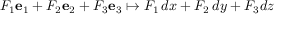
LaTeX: F _ { 1 } \mathbf { e } _ { 1 } + F _ { 2 } \mathbf { e } _ { 2 } + F _ { 3 } \mathbf { e } _ { 3 } \mapsto F _ { 1 } \, d x + F _ { 2 } \, d y + F _ { 3 } d z